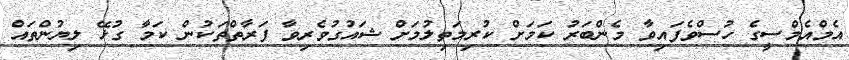
އެމްއެމްސީގެ ހުސްވެފައިވާ މެންބަރު ކަމަށް ކުރިމަތިލުމަށް ޝައުގުވެރިވާ ފަރާތްތަކުން ކަމާ ގުޅޭ ލިޔުންތައް